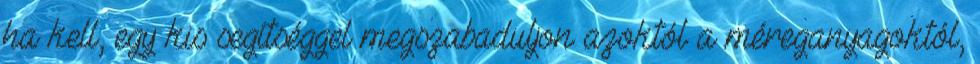
ha kell, egy kis segítséggel megszabaduljon azoktól a méreganyagoktól,